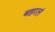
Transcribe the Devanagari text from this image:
बहरलं